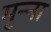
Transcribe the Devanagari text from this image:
मुन्‍ना